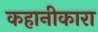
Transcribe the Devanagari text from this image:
कहानीकारा